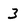
Character: 3